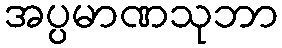
အပ္ပမာဏသုဘာ